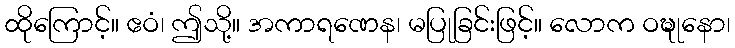
ထိုကြောင့်။ ဧဝံ၊ ဤသို့။ အကာရဏေန၊ မပြုခြင်းဖြင့်။ လောက ဝဍ္ဎုနော၊